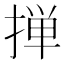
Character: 掸